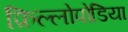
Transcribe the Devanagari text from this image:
फ़िल्लोपोडिया